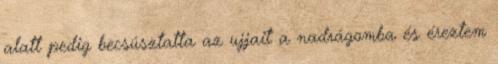
alatt pedig becsúsztatta az ujjait a nadrágomba és éreztem